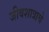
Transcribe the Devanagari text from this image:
जीवशात्राचे